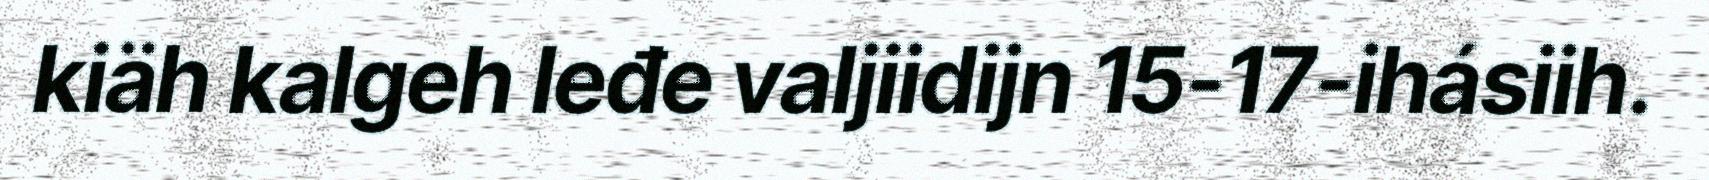
kiäh kalgeh leđe valjiidijn 15-17-ihásiih.